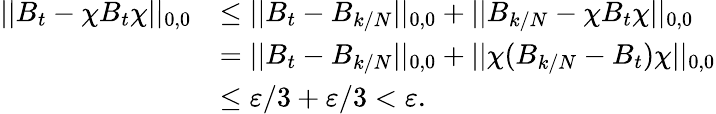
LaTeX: \begin{array}{rl}{||B_{t}-\chi B_{t}\chi||_{0,0}}&{\leq||B_{t}-B_{k/N}||_{0,0}+||B_{k/N}-\chi B_{t}\chi||_{0,0}}\\ &{=||B_{t}-B_{k/N}||_{0,0}+||\chi(B_{k/N}-B_{t})\chi||_{0,0}}\\ &{\leq\varepsilon/3+\varepsilon/3<\varepsilon.}\end{array}